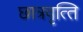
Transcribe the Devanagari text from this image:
छात्रवृत्‍ति